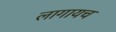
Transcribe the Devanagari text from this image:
लागायच